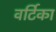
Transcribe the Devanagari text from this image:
वर्टिका